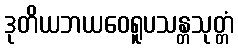
ဒုတိယဘယဝေရူပသန္တသုတ္တံ